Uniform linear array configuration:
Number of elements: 64
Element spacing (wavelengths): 0.75
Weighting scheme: exponential
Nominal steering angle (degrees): -15
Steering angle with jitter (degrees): -14.222
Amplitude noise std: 0.05
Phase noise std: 0.05

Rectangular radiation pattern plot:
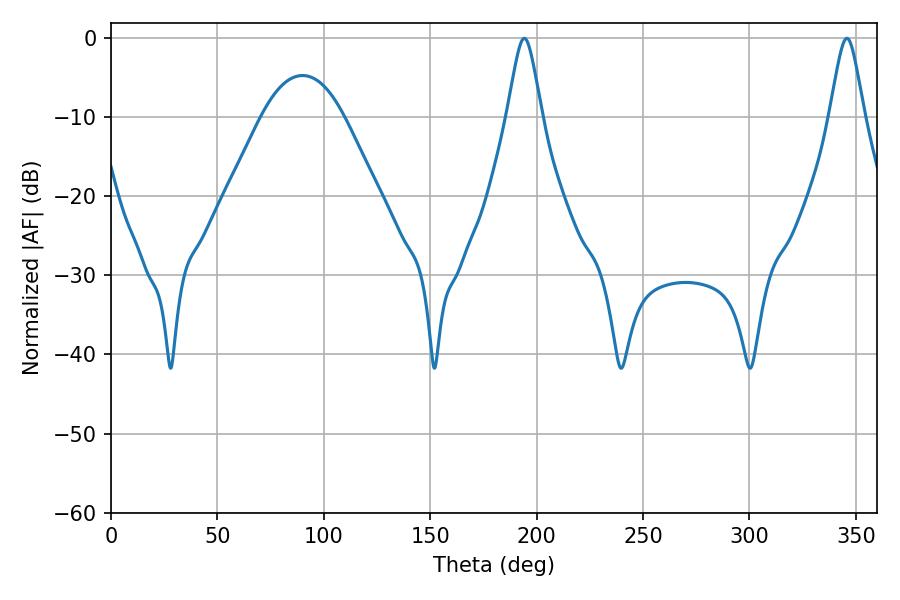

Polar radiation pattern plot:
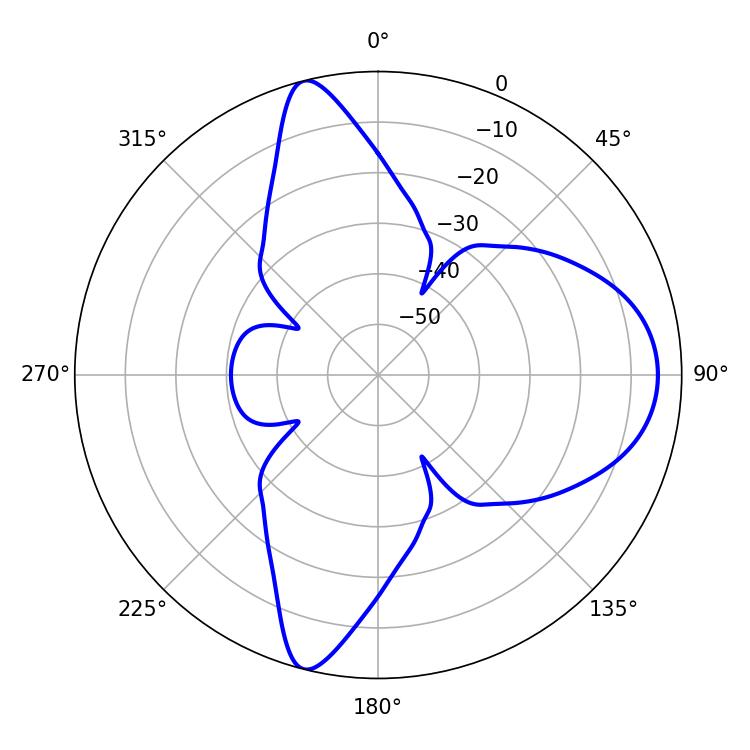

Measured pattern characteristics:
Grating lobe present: TRUE
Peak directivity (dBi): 12.797
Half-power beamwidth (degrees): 7.92
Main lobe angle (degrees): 194.22